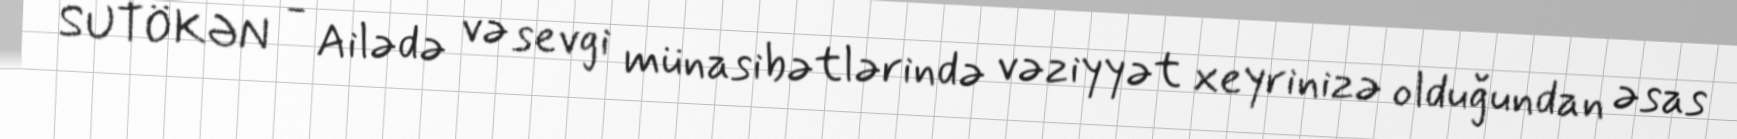
SUTÖKƏN - Ailədə və sevgi münasibətlərində vəziyyət xeyrinizə olduğundan əsas